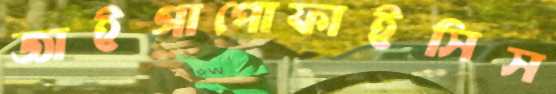
জাইগাপোফাইসিস